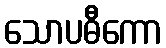
သောပဓီကော